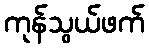
ကုန်သွယ်ဖက်